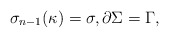
\begin{align*}\sigma_{n-1}(\kappa)=\sigma,\partial\Sigma=\Gamma,\end{align*}